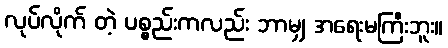
လုပ်လိုက် တဲ့ ပစ္စည်းကလည်း ဘာမျှ အရေးမကြီးဘူး။